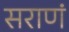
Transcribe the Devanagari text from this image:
सराणं